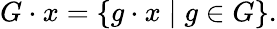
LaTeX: G\cdot x=\left\{ g\cdot x\mid g\in G\right\} .